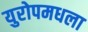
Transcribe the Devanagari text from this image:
युरोपमधला